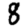
Digit: 8